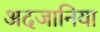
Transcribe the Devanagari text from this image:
अदजानिया